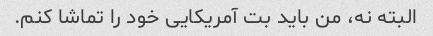
البته نه، من باید بت آمریکایی خود را تماشا کنم.